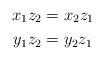
LaTeX: \begin{align*} x_1z_2&=x_2z_1\\ y_1z_2&=y_2z_1 \end{align*}